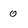
Character: 0